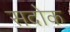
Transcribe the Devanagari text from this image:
सदोक